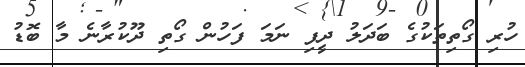
ހުރި ގޯތިތަކުގެ ބަދަލު ދީފި ނަމަ ފަހުން ގޯތި ދޫކުރާނެ މާ ބޮޑު